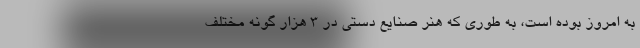
به امروز بوده است، به طوری که هنر صنایع دستی در 3 هزار گونه مختلف